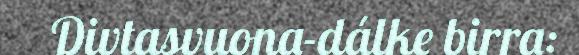
Divtasvuona-dálke birra: